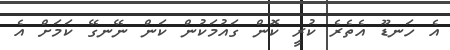
އެ ހަނޑޫ އެތެރެ ކުރީ ކޮން ގައުމަކުން ކަން ނޭނގޭ ކަމަށް އެ